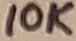
Text: 10K